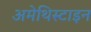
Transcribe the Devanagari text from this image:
अमेथिस्टाइन